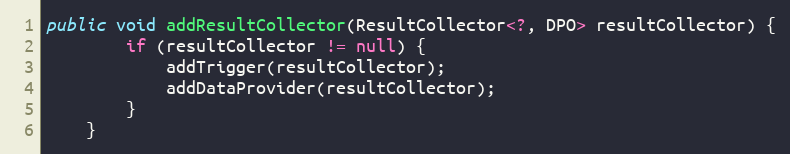
Language: Java
public void addResultCollector(ResultCollector<?, DPO> resultCollector) {
        if (resultCollector != null) {
            addTrigger(resultCollector);
            addDataProvider(resultCollector);
        }
    }